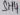
Text: SH4